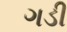
ગડી